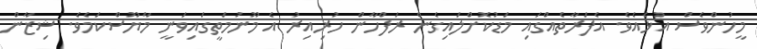
މީހުންވެސް އުޅެއެވެ. އެފަރާތެއްގައި މަޑުކޮށްލައިގެން ރަފްހާން ހުރިއިރު އެ މޫނުމަތީގައިވަނީ މާޔޫސްކަމެވެ. ޝިޒާން